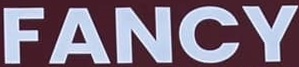
FANCY